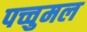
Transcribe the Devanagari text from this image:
पच्चुमल